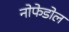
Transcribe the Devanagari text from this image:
नोफेडोल